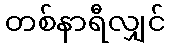
တစ်နာရီလျှင်